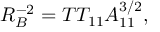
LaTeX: R _ { B } ^ { - 2 } = T T _ { 1 1 } A _ { 1 1 } ^ { 3 / 2 } ,